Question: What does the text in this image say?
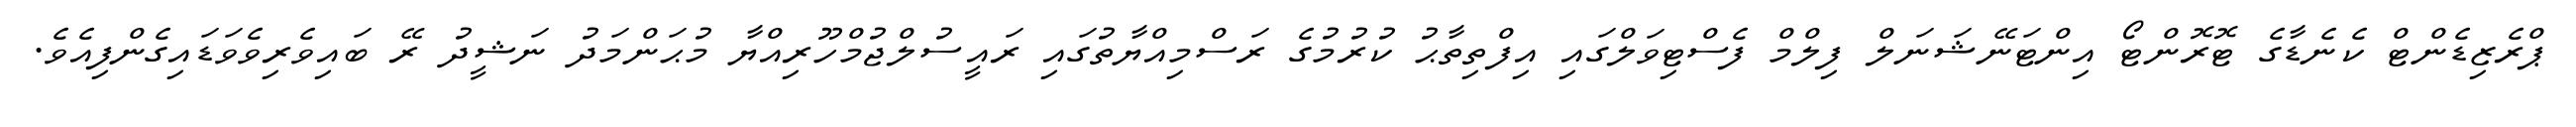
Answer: ޕްރެޒިޑެންޓް ކެނެޑާގެ ޓޮރޮންޓޯ އިންޓަނޭޝަނަލް ފިލްމް ފެސްޓިވަލްގައި އިފްތިތާޙު ކުރުމުގެ ރަސްމިއްޔާތުގައި ރައީސުލްޖުމްހޫރިއްޔާ މުޙަންމަދު ނަޝީދު ރޭ ބައިވެރިވެވަޑައިގެންފިއެވެ.